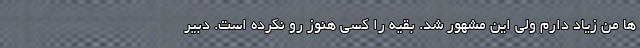
ها من زیاد دارم ولی این مشهور شد. بقیه را کسی هنوز رو نکرده است. دبیر